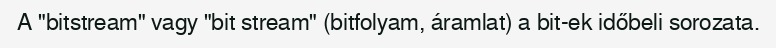
A "bitstream" vagy "bit stream" (bitfolyam, áramlat) a bit-ek időbeli sorozata.